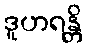
ဒူဟရန္တိ